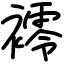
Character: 䙥